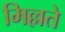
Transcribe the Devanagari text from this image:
मिल्लते